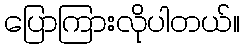
ပြောကြားလိုပါတယ်။